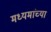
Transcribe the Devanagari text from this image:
मध्यमांच्या